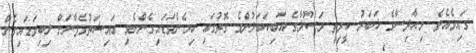
ގައިވެއެވެ. މިޙާދިސާގެ ޚަބަރު ކީރިތި ރަސޫލާގެ އަބިކަބަލުންގެ ގޮތުގައި ހިމެނެވަޑައިގެންނެވި ޢައިޝަތުގެފާނަށް ލިބިވަޑައިގެން